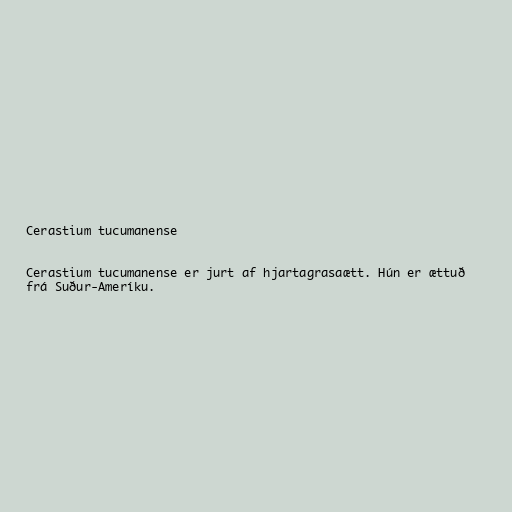
Cerastium tucumanense

Cerastium tucumanense er jurt af hjartagrasaætt. Hún er ættuð
frá Suður-Ameríku.